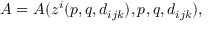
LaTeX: A = A ( z ^ { i } ( p , q , d _ { i j k } ) , p , q , d _ { i j k } ) ,